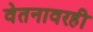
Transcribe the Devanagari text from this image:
वेतनावरही